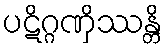
ပဋိဂ္ဂဏှိဿန္တိ